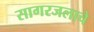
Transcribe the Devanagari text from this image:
सागरजलाचे